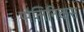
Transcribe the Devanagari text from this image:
पोलिनिकस